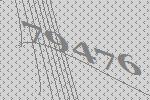
79476